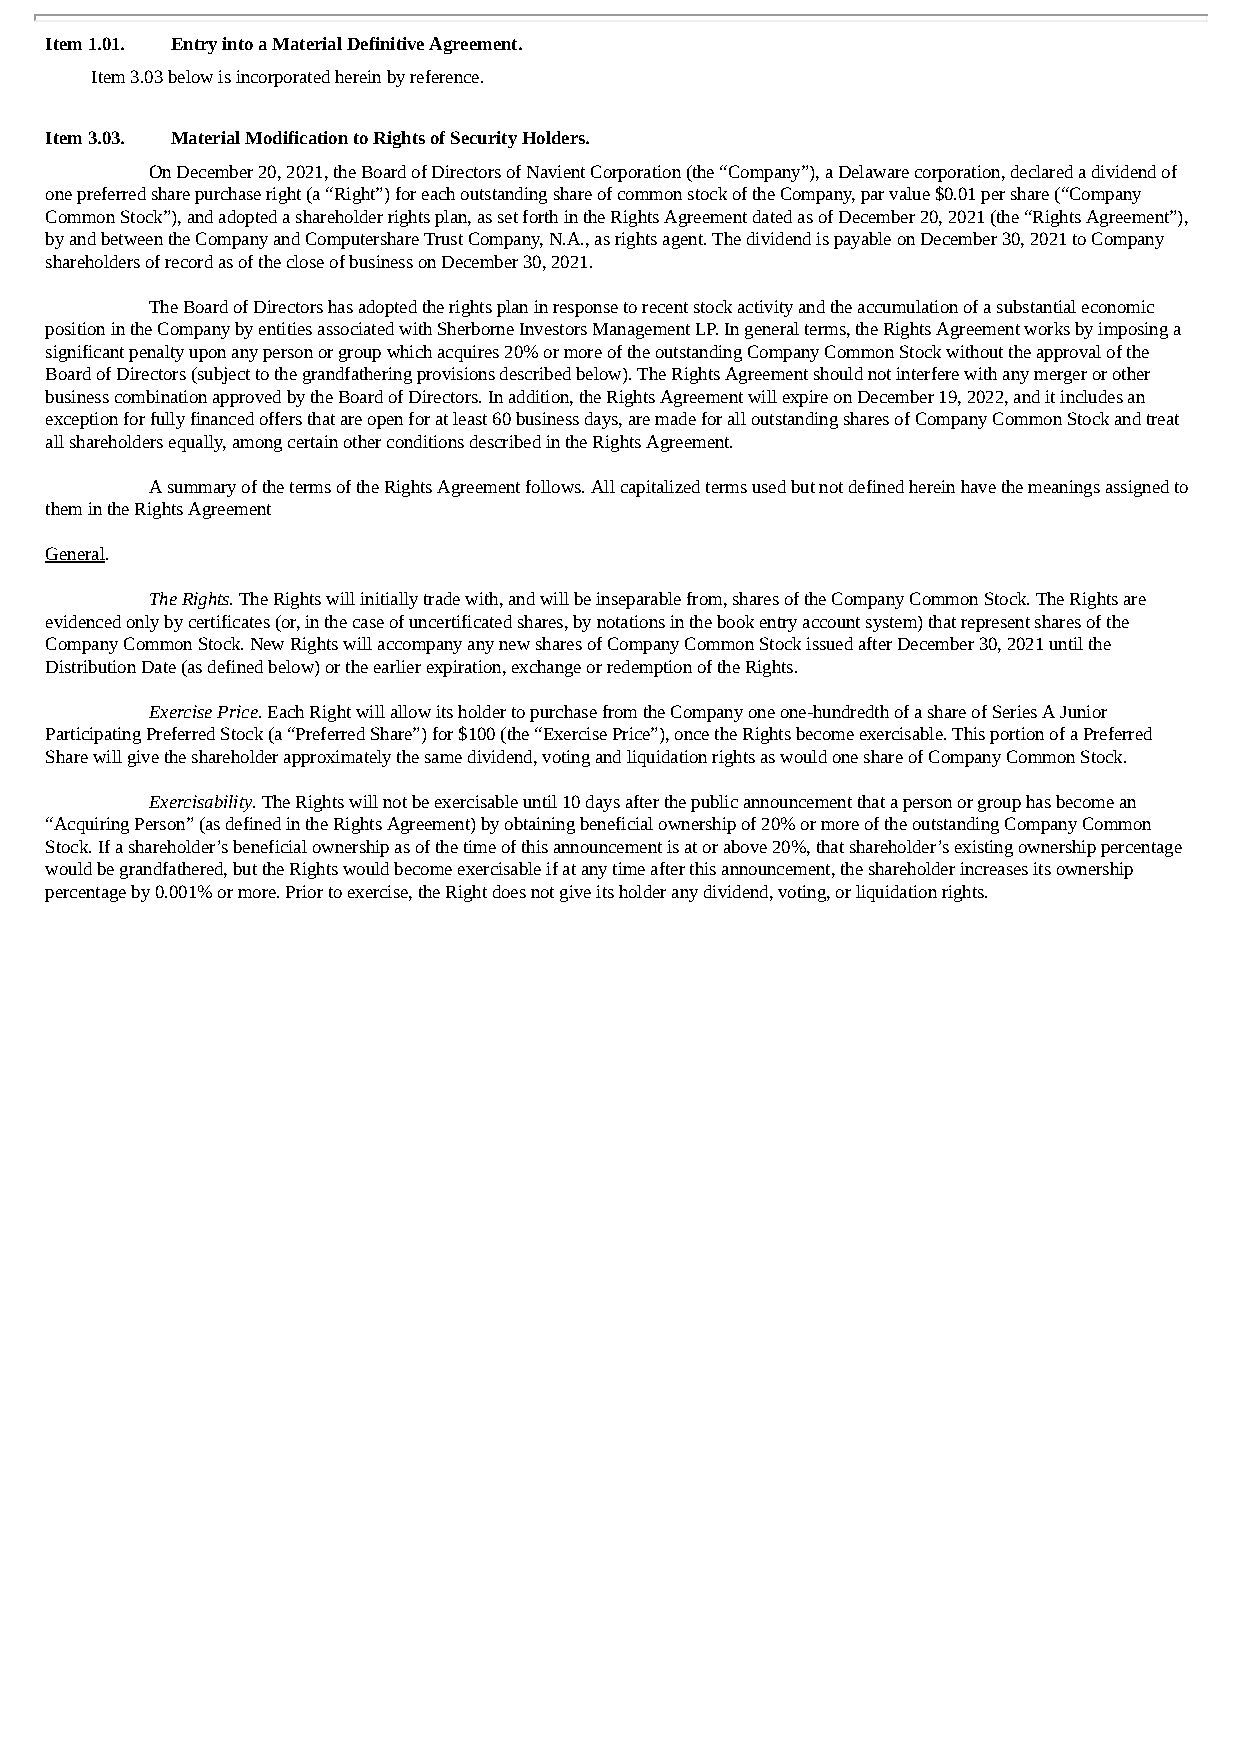
Item 1.01. Entry into a Material Definitive Agreement.
 Item 3.03 below is incorporated herein by reference.
 Item 3.03. Material Modification to Rights of Security Holders.
 On December 20, 2021, the Board of Directors of Navient Corporation (the “Company”), a Delaware corporation, declared a dividend of
 one preferred share purchase right (a “Right”) for each outstanding share of common stock of the Company, par value $0.01 per share (“Company
 Common Stock”), and adopted a shareholder rights plan, as set forth in the Rights Agreement dated as of December 20, 2021 (the “Rights Agreement”),
 by and between the Company and Computershare Trust Company, N.A., as rights agent. The dividend is payable on December 30, 2021 to Company
 shareholders of record as of the close of business on December 30, 2021.
 The Board of Directors has adopted the rights plan in response to recent stock activity and the accumulation of a substantial economic
 position in the Company by entities associated with Sherborne Investors Management LP. In general terms, the Rights Agreement works by imposing a
 significant penalty upon any person or group which acquires 20% or more of the outstanding Company Common Stock without the approval of the
 Board of Directors (subject to the grandfathering provisions described below). The Rights Agreement should not interfere with any merger or other
 business combination approved by the Board of Directors. In addition, the Rights Agreement will expire on December 19, 2022, and it includes an
 exception for fully financed offers that are open for at least 60 business days, are made for all outstanding shares of Company Common Stock and treat
 all shareholders equally, among certain other conditions described in the Rights Agreement.
 A summary of the terms of the Rights Agreement follows. All capitalized terms used but not defined herein have the meanings assigned to
 them in the Rights Agreement
 General.
 The Rights. The Rights will initially trade with, and will be inseparable from, shares of the Company Common Stock. The Rights are
 evidenced only by certificates (or, in the case of uncertificated shares, by notations in the book entry account system) that represent shares of the
 Company Common Stock. New Rights will accompany any new shares of Company Common Stock issued after December 30, 2021 until the
 Distribution Date (as defined below) or the earlier expiration, exchange or redemption of the Rights.
 Exercise Price. Each Right will allow its holder to purchase from the Company one one-hundredth of a share of Series A Junior
 Participating Preferred Stock (a “Preferred Share”) for $100 (the “Exercise Price”), once the Rights become exercisable. This portion of a Preferred
 Share will give the shareholder approximately the same dividend, voting and liquidation rights as would one share of Company Common Stock.
 Exercisability. The Rights will not be exercisable until 10 days after the public announcement that a person or group has become an
 “Acquiring Person” (as defined in the Rights Agreement) by obtaining beneficial ownership of 20% or more of the outstanding Company Common
 Stock. If a shareholder’s beneficial ownership as of the time of this announcement is at or above 20%, that shareholder’s existing ownership percentage
 would be grandfathered, but the Rights would become exercisable if at any time after this announcement, the shareholder increases its ownership
 percentage by 0.001% or more. Prior to exercise, the Right does not give its holder any dividend, voting, or liquidation rights.